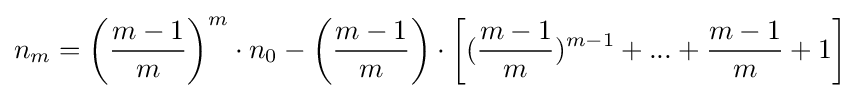
n_{m}=\left({\frac {m-1}{m}}\right)^{m}\cdot n_{0}-\left({\frac {m-1}{m}}\right)\cdot \left[({\frac {m-1}{m}})^{m-1}+...+{\frac {m-1}{m}}+1\right]